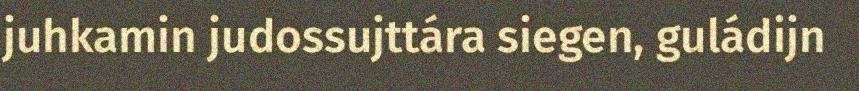
juhkamin judossujttára siegen, guládijn